Investigations on Bengal jail dietaries - Number 37
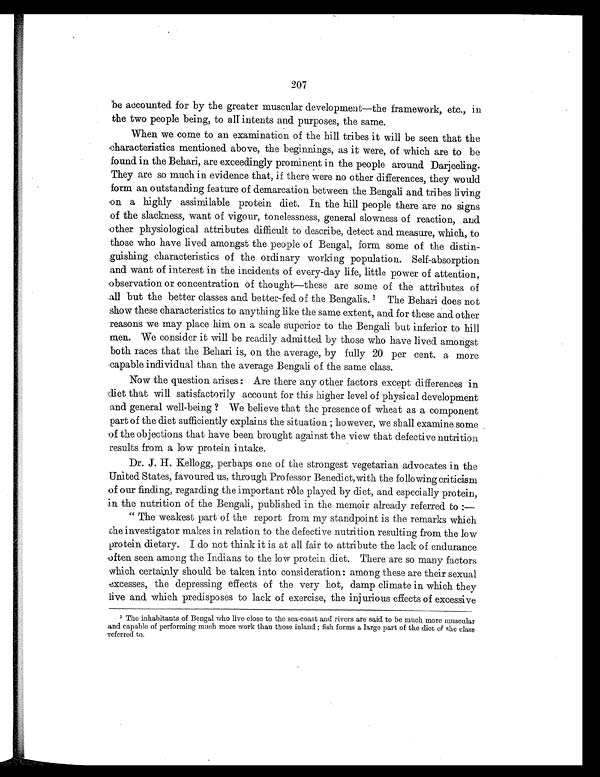
207
be accounted for by the greater muscular development—the framework, etc., in
the two people being, to all intents and purposes, the same.
When we come to an examination of the hill tribes it will be seen that the
characteristics mentioned above, the beginnings, as it were, of which are to be
found in the Behari, are exceedingly prominent in the people around Darjeeling.
They are so much in evidence that, if there were no other differences, they would
form an outstanding feature of demarcation between the Bengali and tribes living
on a highly assimilable protein diet. In the hill people there are no signs
of the slackness, want of vigour, tonelessness, general slowness of reaction, and
other physiological attributes difficult to describe, detect and measure, which, to
those who have lived amongst the people of Bengal, form some of the distin-
guishing characteristics of the ordinary working population. Self-absorption
and want of interest in the incidents of every-day life, little power of attention,
observation or concentration of thought—these are some of the attributes of
all but the better classes and better-fed of the Bengalis. 1 T h e B e h a r i d o e s n o t
show these characteristics to anything like the same extent, and for these and other
reasons we may place him on a scale superior to the Bengali but inferior to hill
men. We consider it will be readily admitted by those who have lived amongst
both races that the Behari is, on the average, by fully 20 per cent. a more
capable individual than the average Bengali of the same class.
Now the question arises: Are there any other factors except differences in
diet that will satisfactorily account for this higher level of physical development
and general well-being? We believe that the presence of wheat as a component
part of the diet sufficiently explains the situation; however, we shall examine some
of the objections that have been brought against the view that defective nutrition
results from a low protein intake.
Dr. J. H. Kellogg, perhaps one of the strongest vegetarian advocates in the
United States, favoured us, through. Professor Benedict,with the following criticism
of our finding, regarding the important rôle played by diet, and especially protein,
in the nutrition of the Bengali, published in the memoir already referred to :-
"The weakest part of the report from my stand point is the remarks which
the investigator makes in relation to the defective nutrition resulting from the low
protein dietary. I do not think it is at all fair to attribute the lack of endurance
often seen among the Indians to the low protein diet. There are so many factors
which certainly should be taken into consideration: among these are their sexual
excesses, the depressing effects of the very hot, damp climate in which they
live and which predisposes to lack of exercise, the injurious effects of excessive
1 The inhabitants of Bengal who live close to the sea-coast and rivers are said to be much more muscular
and capable of performing much more work than those inland; fish forms a large part of the diet of the class
referred to.